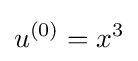
u^{(0)}=x^{3}